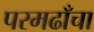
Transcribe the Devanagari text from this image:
परमढाँचा